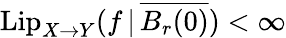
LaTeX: \mathrm{Lip}_{X\to Y}(f\, |\, \overline{{B_{r}(0)}})<\infty